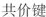
共价键